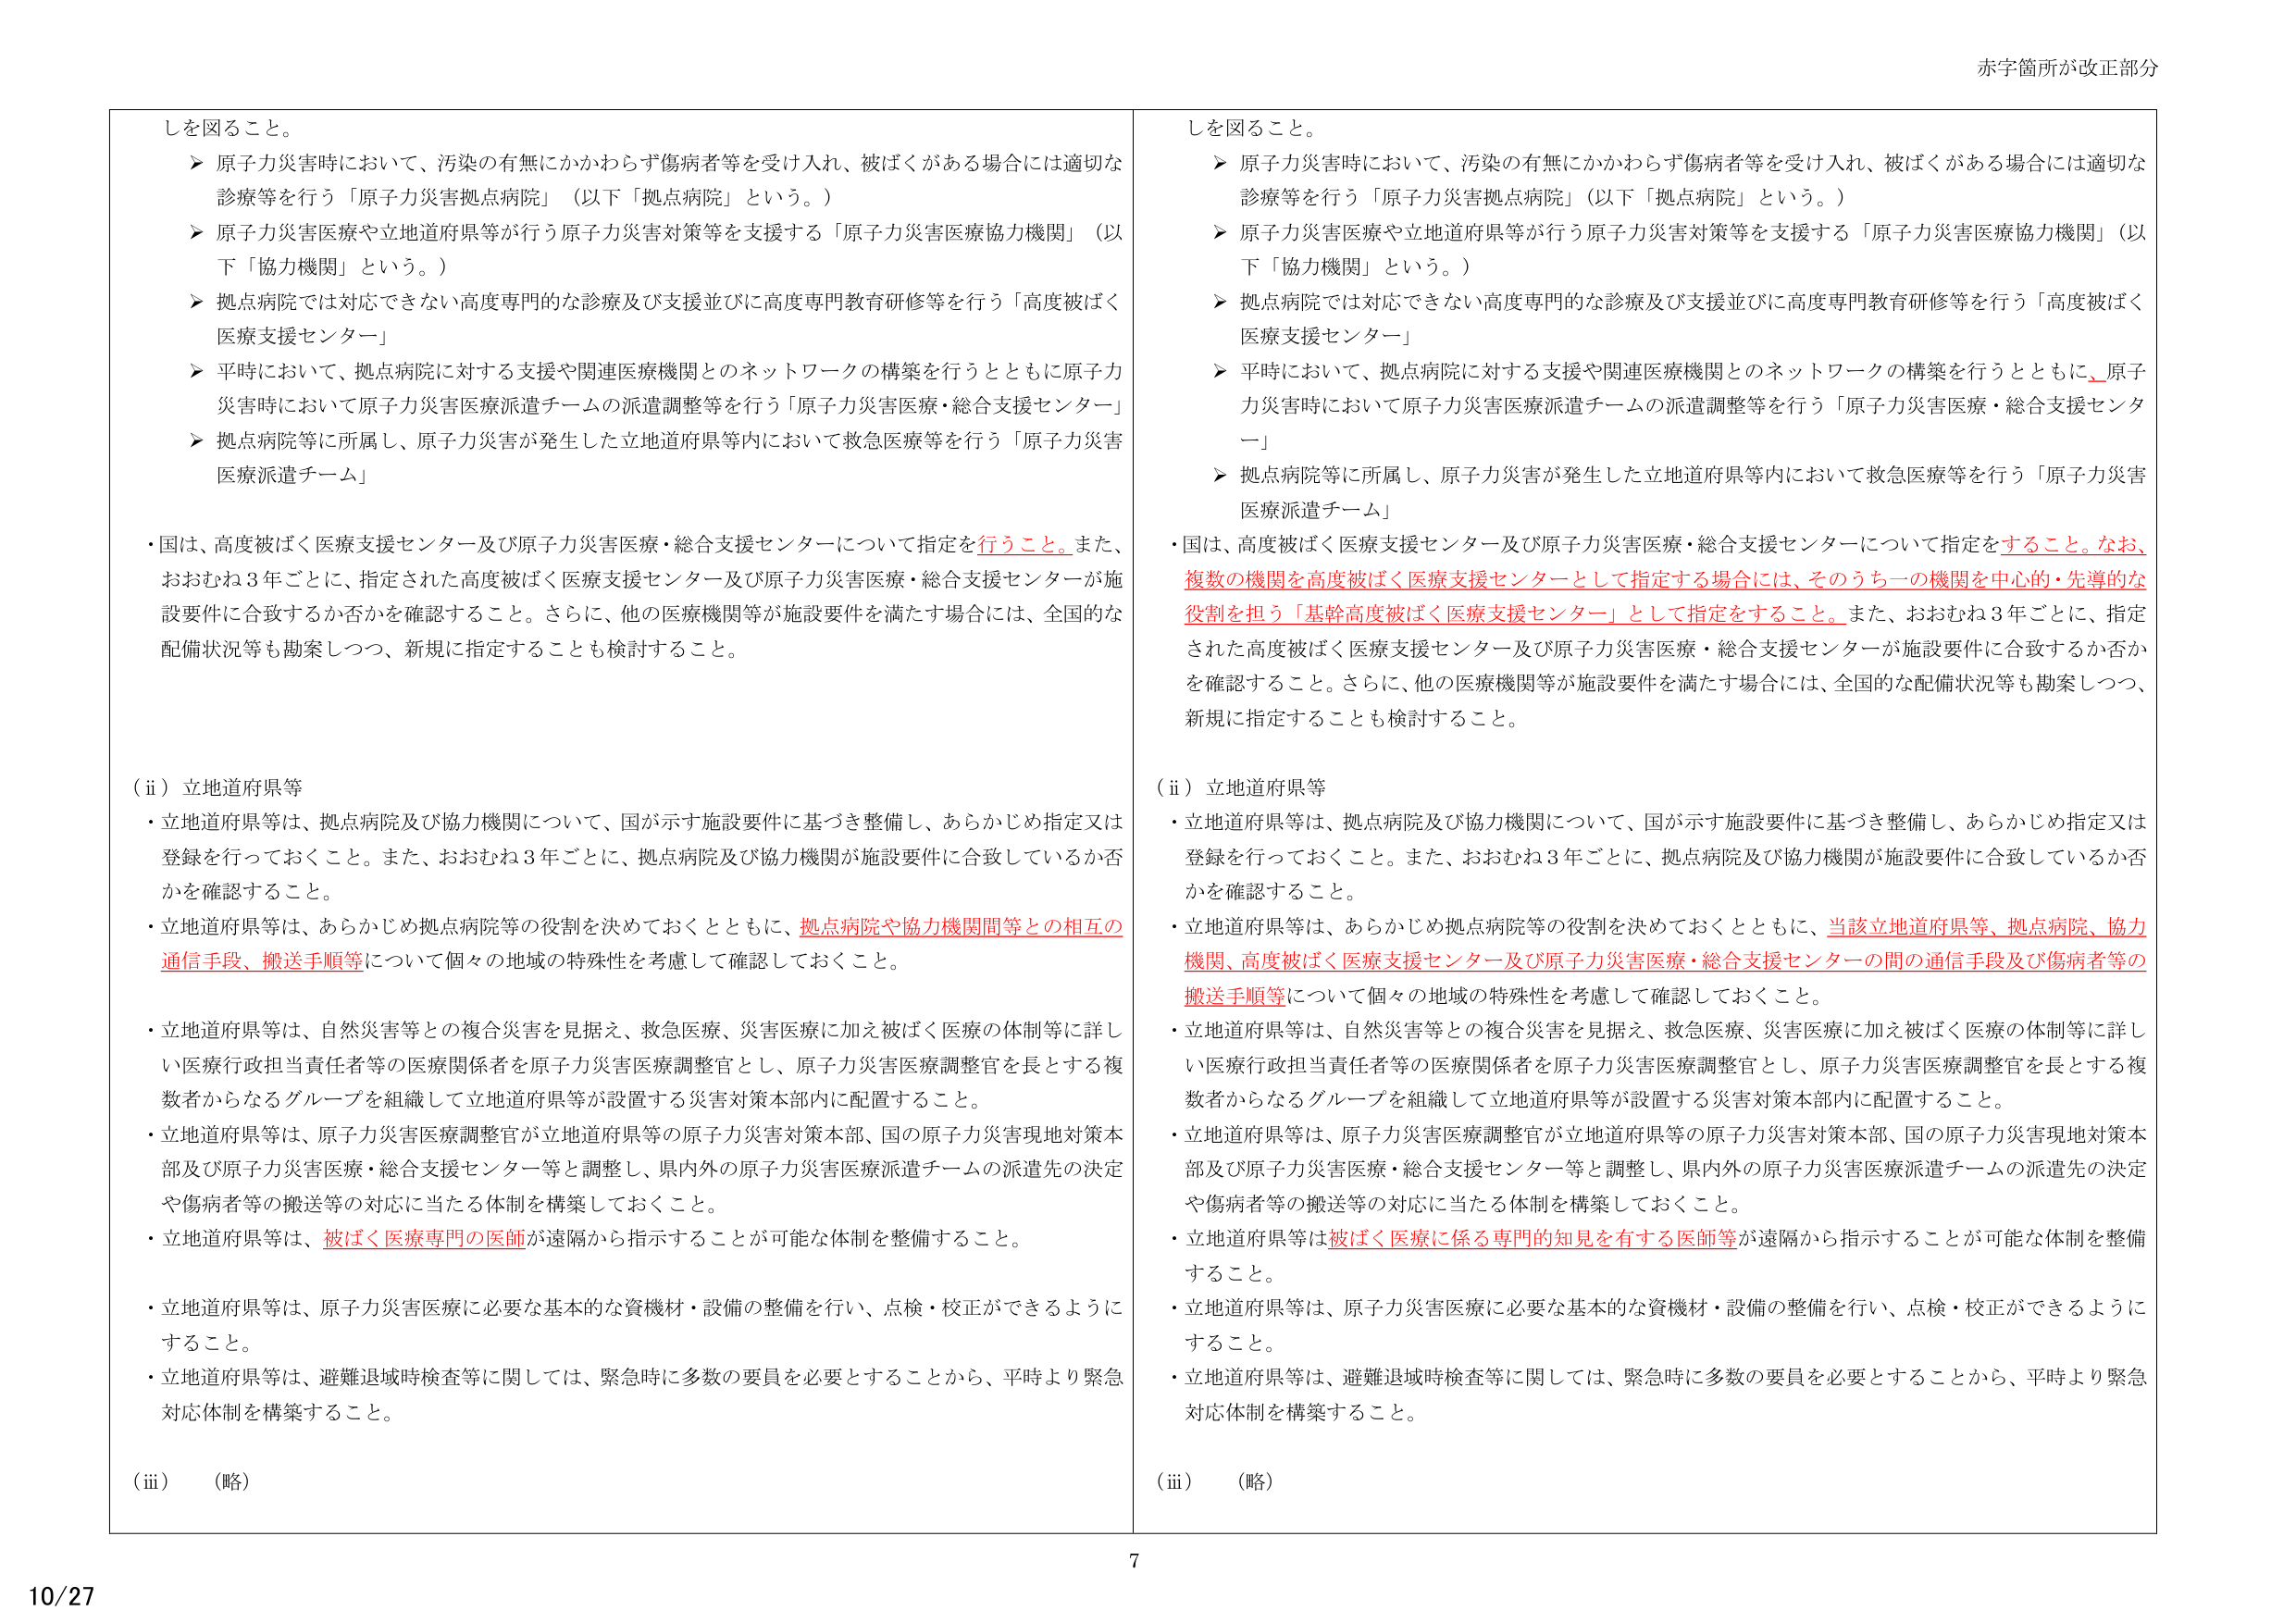
しを図ること。

➤ 原子力災害時において、汚染の有無にかかわらず傷病者等を受け入れ、被ばくがある場合には適切な診療等を行う「原子力災害拠点病院」（以下「拠点病院」という。）

➤ 原子力災害医療や立地道府県等が行う原子力災害対策等を支援する「原子力災害医療協力機関」（以下「協力機関」という。）

➤ 拠点病院では対応できない高度専門的な診療及び支援並びに高度専門教育研修等を行う「高度被ばく医療支援センター」

➤ 平時において、拠点病院に対する支援や関連医療機関とのネットワークの構築を行うとともに原子力災害時において原子力災害医療派遣チームの派遣調整等を行う「原子力災害医療・総合支援センター」

➤ 拠点病院等に所属し、原子力災害が発生した立地道府県等内において救急医療等を行う「原子力災害医療派遣チーム」

・国は、高度被ばく医療支援センター及び原子力災害医療・総合支援センターについて指定を行うこと。また、おおむね3年ごとに、指定された高度被ばく医療支援センター及び原子力災害医療・総合支援センターが施設要件に合致するか否かを確認すること。さらに、他の医療機関等が施設要件を満たす場合には、全国的な配備状況等も勘案しつつ、新規に指定することも検討すること。

（ii）立地道府県等

・立地道府県等は、拠点病院及び協力機関について、国が示す施設要件に基づき整備し、あらかじめ指定又は登録を行っておくこと。また、おおむね3年ごとに、拠点病院及び協力機関が施設要件に合致しているか否かを確認すること。

・立地道府県等は、あらかじめ拠点病院等の役割を決めておくとともに、拠点病院や協力機関間等との相互の通信手段、搬送手順等について個々の地域の特殊性を考慮して確認しておくこと。

・立地道府県等は、自然災害等との複合災害を見据え、救急医療、災害医療に加え被ばく医療の体制等に詳しい医療行政担当責任者等の医療関係者を原子力災害医療調整官とし、原子力災害医療調整官を長とする複数者からなるグループを組織して立地道府県等が設置する災害対策本部内に配置すること。

・立地道府県等は、原子力災害医療調整官が立地道府県等の原子力災害対策本部、国の原子力災害現地対策本部及び原子力災害医療・総合支援センター等と調整し、県内外の原子力災害医療派遣チームの派遣先の決定や傷病者等の搬送等の対応に当たる体制を構築しておくこと。

・立地道府県等は、被ばく医療専門の医師が遠隔から指示することが可能な体制を整備すること。

・立地道府県等は、原子力災害医療に必要な基本的な資機材・設備の整備を行い、点検・校正ができるようにすること。

・立地道府県等は、避難退域時検査等に関しては、緊急時に多数の要員を必要とすることから、平時より緊急対応体制を構築すること。

（iii）（略）

しを図ること。

➤ 原子力災害時において、汚染の有無にかかわらず傷病者等を受け入れ、被ばくがある場合には適切な診療等を行う「原子力災害拠点病院」（以下「拠点病院」という。）

➤ 原子力災害医療や立地道府県等が行う原子力災害対策等を支援する「原子力災害医療協力機関」（以下「協力機関」という。）

➤ 拠点病院では対応できない高度専門的な診療及び支援並びに高度専門教育研修等を行う「高度被ばく医療支援センター」

➤ 平時において、拠点病院に対する支援や関連医療機関とのネットワークの構築を行うとともに、原子力災害時において原子力災害医療派遣チームの派遣調整等を行う「原子力災害医療・総合支援センター」

➤ 拠点病院等に所属し、原子力災害が発生した立地道府県等内において救急医療等を行う「原子力災害医療派遣チーム」

・国は、高度被ばく医療支援センター及び原子力災害医療・総合支援センターについて指定をすること。なお、複数の機関を高度被ばく医療支援センターとして指定する場合には、そのうち一の機関を中心的・先導的な役割を担う「基幹高度被ばく医療支援センター」として指定をすること。また、おおむね3年ごとに、指定された高度被ばく医療支援センター及び原子力災害医療・総合支援センターが施設要件に合致するか否かを確認すること。さらに、他の医療機関等が施設要件を満たす場合には、全国的な配備状況等も勘案しつつ、新規に指定することも検討すること。

（ii）立地道府県等

・立地道府県等は、拠点病院及び協力機関について、国が示す施設要件に基づき整備し、あらかじめ指定又は登録を行っておくこと。また、おおむね3年ごとに、拠点病院及び協力機関が施設要件に合致しているか否かを確認すること。

・立地道府県等は、あらかじめ拠点病院等の役割を決めておくとともに、当該立地道府県等、拠点病院、協力機関、高度被ばく医療支援センター及び原子力災害医療・総合支援センターの間の通信手段及び傷病者等の搬送手順等について個々の地域の特殊性を考慮して確認しておくこと。

・立地道府県等は、自然災害等との複合災害を見据え、救急医療、災害医療に加え被ばく医療の体制等に詳しい医療行政担当責任者等の医療関係者を原子力災害医療調整官とし、原子力災害医療調整官を長とする複数者からなるグループを組織して立地道府県等が設置する災害対策本部内に配置すること。

・立地道府県等は、原子力災害医療調整官が立地道府県等の原子力災害対策本部、国の原子力災害現地対策本部及び原子力災害医療・総合支援センター等と調整し、県内外の原子力災害医療派遣チームの派遣先の決定や傷病者等の搬送等の対応に当たる体制を構築しておくこと。

・立地道府県等は被ばく医療に係る専門的知見を有する医師等が遠隔から指示することが可能な体制を整備すること。

・立地道府県等は、原子力災害医療に必要な基本的な資機材・設備の整備を行い、点検・校正ができるようにすること。

・立地道府県等は、避難退域時検査等に関しては、緊急時に多数の要員を必要とすることから、平時より緊急対応体制を構築すること。

（iii）（略）

赤字箇所が改正部分

10/27

7